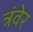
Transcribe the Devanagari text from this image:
त्रंवेर